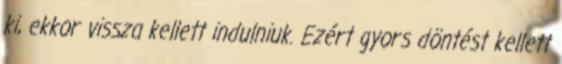
ki, ekkor vissza kellett indulniuk. Ezért gyors döntést kellett